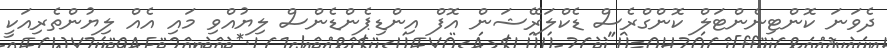
ދެވަނަ ކޮންޓިނެންޓަލް ކޮންގްރެސް ޑެކްލަރޭޝަން އޮފް އިންޑިޕެންޑެންސް ލިޔުއްވި މައި އެއް ލިޔުންތެރިއަކީ